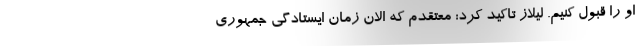
او را قبول کنیم. لیلاز تاکید کرد: معتقدم که الان زمان ایستادگی جمهوری